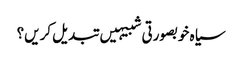
سیاہ خوبصورتی شبیہیں تبدیل کریں؟